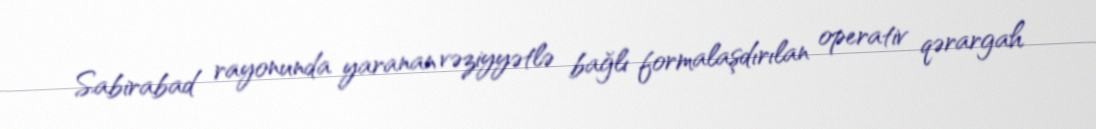
Sabirabad rayonunda yaranan vəziyyətlə bağlı formalaşdırılan operativ qərargah